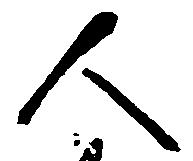
人